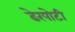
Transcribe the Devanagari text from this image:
ढेरपोटी